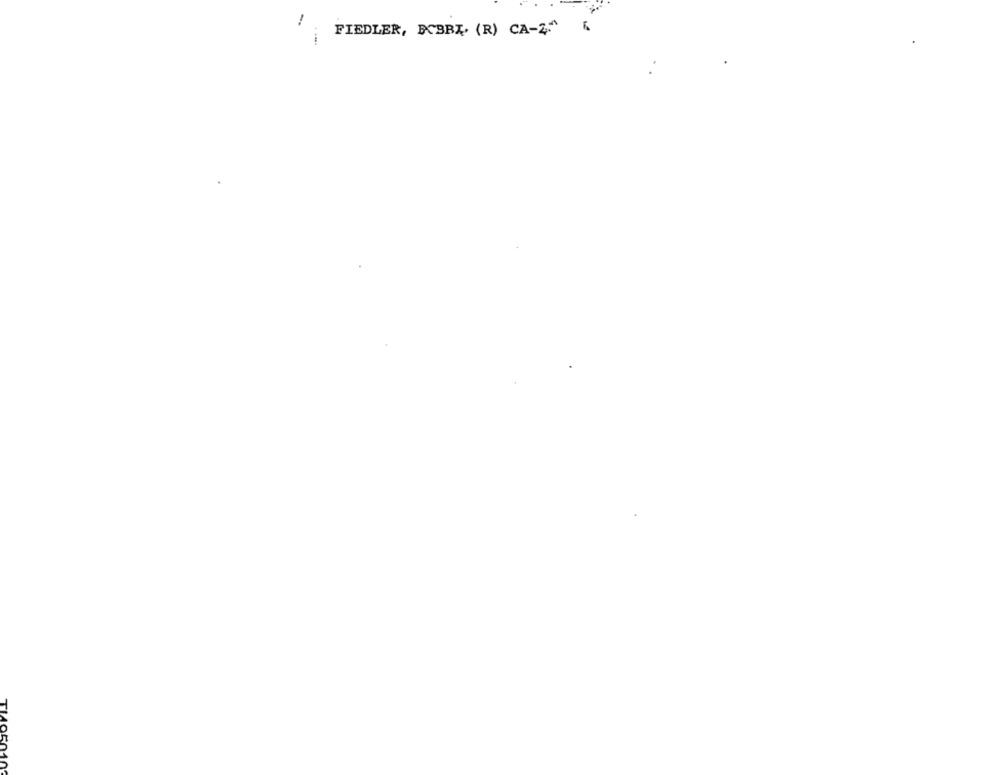
FIEDLER, ECBBL. (R) CA-2."